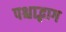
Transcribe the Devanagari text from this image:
पश्चाद्भाग